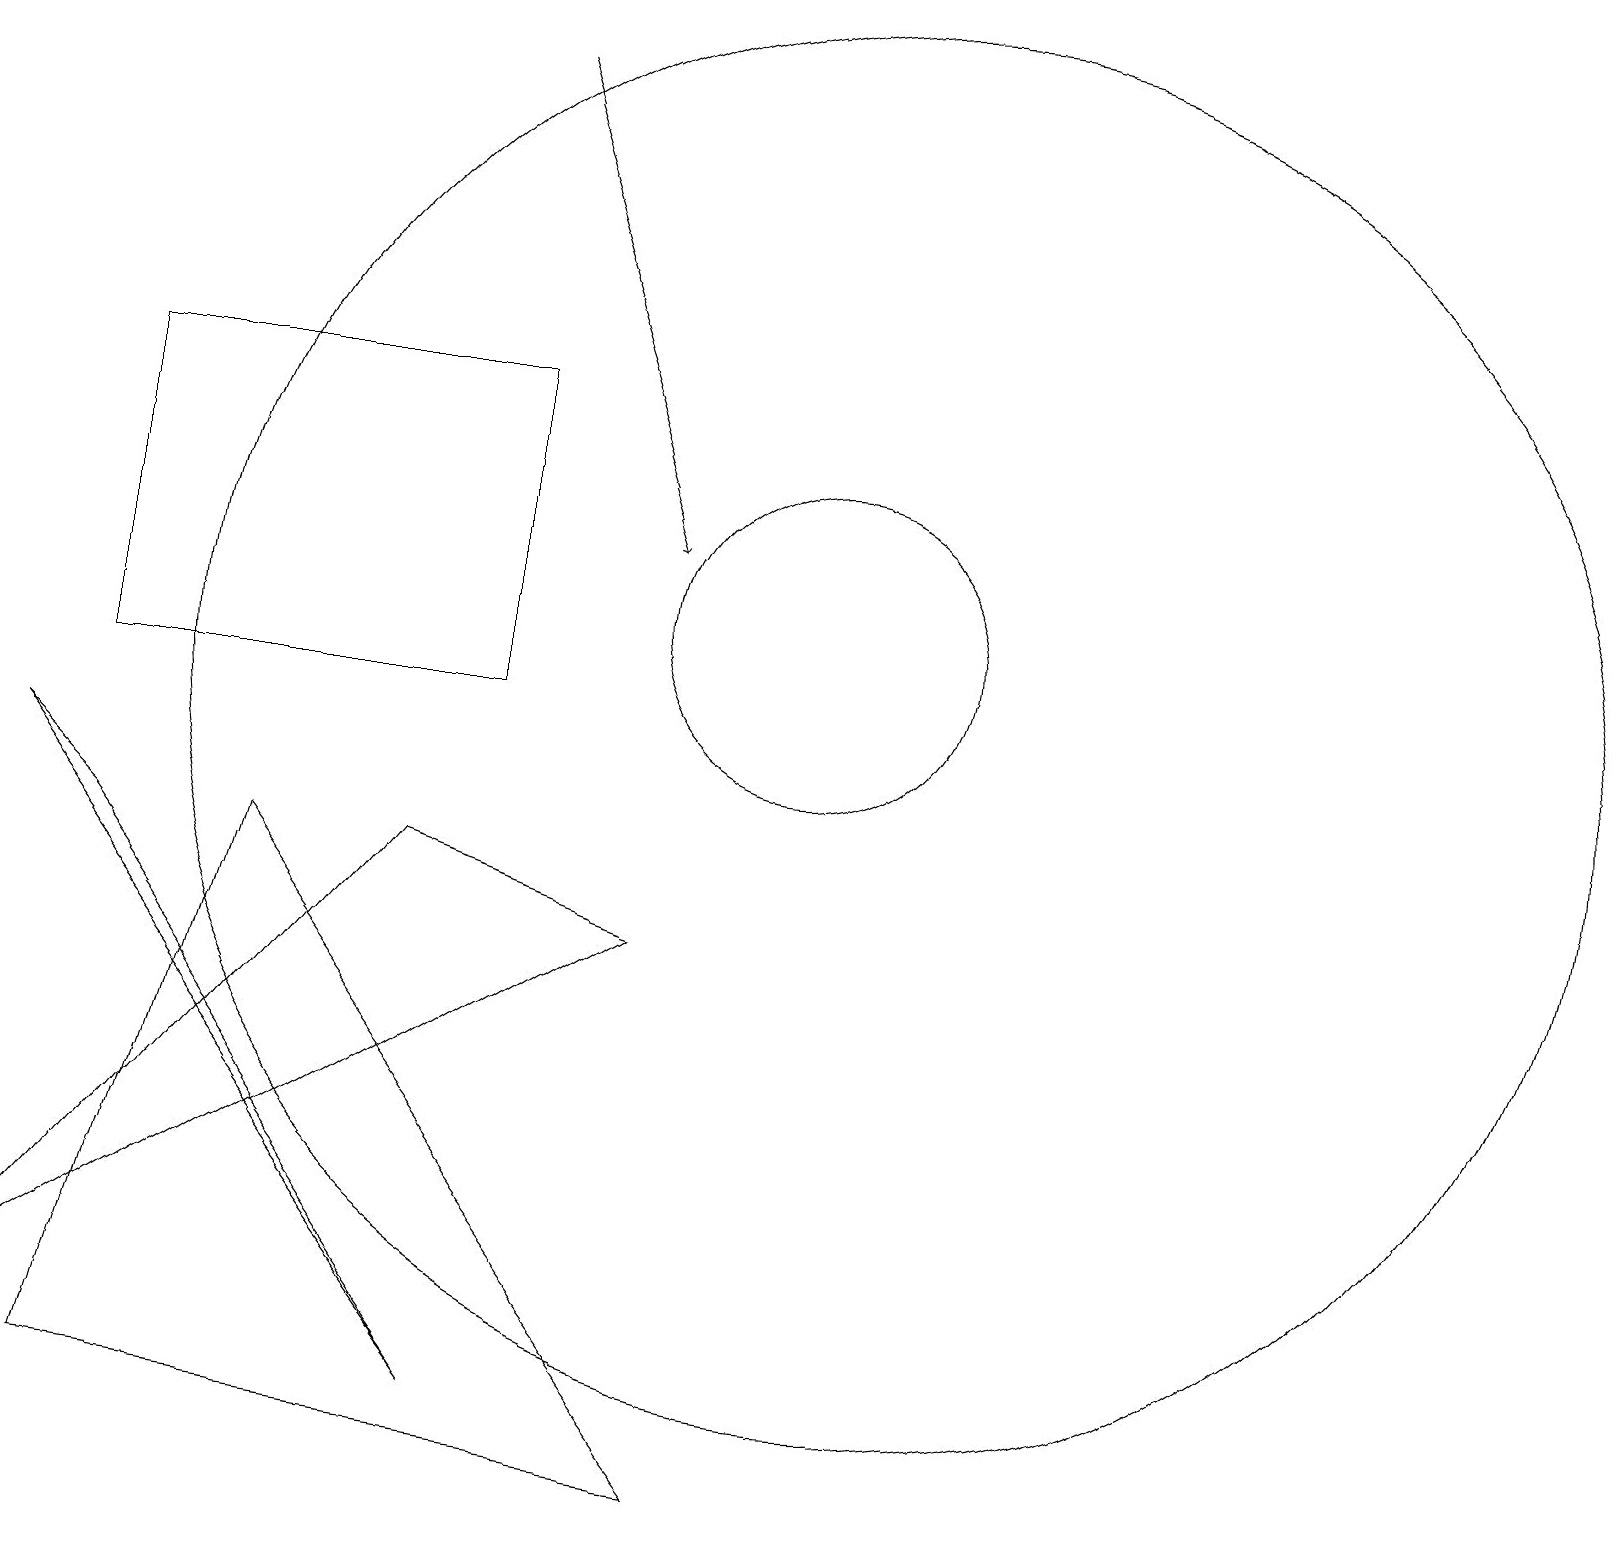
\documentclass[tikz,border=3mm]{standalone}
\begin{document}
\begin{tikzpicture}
\draw (11,10) circle (9);
\draw (6,10) rectangle (1,14);
\draw (1,8) -- (6,1) -- (0,9) -- cycle;
\draw (10,11) circle (2);
\draw (3,8) -- (1,1) -- (9,0) -- cycle;
\draw[->] (6,18) -- (8,12);
\draw (0,2) -- (5,8) -- (8,7) -- cycle;
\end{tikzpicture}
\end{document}